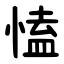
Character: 㥺